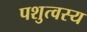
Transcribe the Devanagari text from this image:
पशुत्वस्य